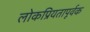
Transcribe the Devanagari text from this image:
लोकप्रियतापूर्वक